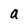
Character: a